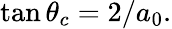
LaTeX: \tan{\theta_{c}}=2/a_{0}.